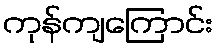
ကုန်ကျကြောင်း